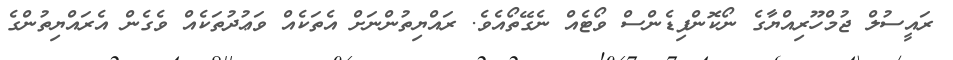
ރައީސުލް ޖުމްހޫރިއްޔާގެ ނޯކޮންފިޑެންސް ވޯޓެއް ނެގޭތޯއެވެ. ރައްޔިތުންނަށް އެތަކެއް ވަޢުދުތަކެއް ވެގެން އެރައްޔިތުންގެ